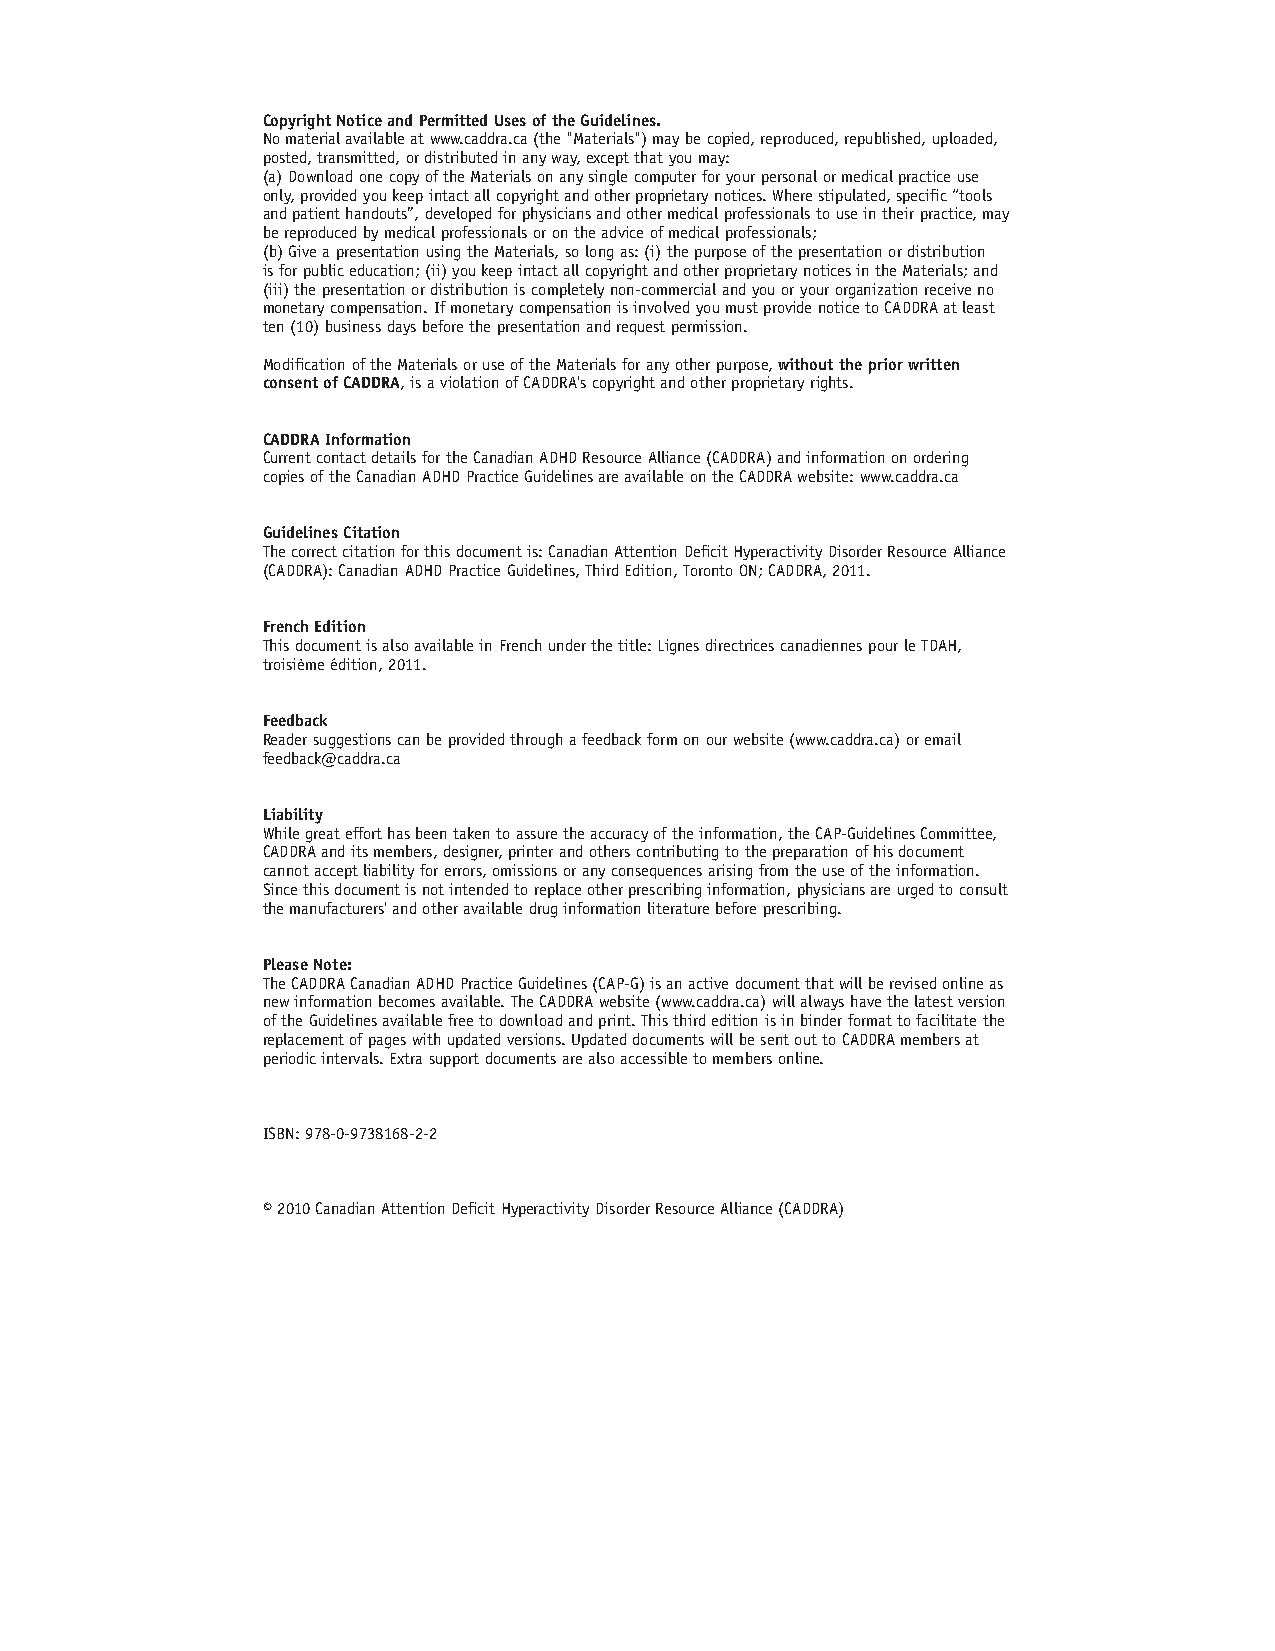
Copyright Notice and Permitted Uses of the Guidelines.
 No material available at www.caddra.ca (the "Materials") may be copied, reproduced, republished, uploaded,
 posted, transmitted, or distributed in any way, except that you may:
 (a) Download one copy of the Materials on any single computer for your personal or medical practice use
 only, provided you keep intact all copyright and other proprietary notices. Where stipulated, specific “tools
 and patient handouts”, developed for physicians and other medical professionals to use in their practice, may
 be reproduced by medical professionals or on the advice of medical professionals;
 (b) Give a presentation using the Materials, so long as: (i) the purpose of the presentation or distribution
 is for public education; (ii) you keep intact all copyright and other proprietary notices in the Materials; and
 (iii) the presentation or distribution is completely non-commercial and you or your organization receive no
 monetary compensation. If monetary compensation is involved you must provide notice to CADDRA at least
 ten (10) business days before the presentation and request permission.
 Modification of the Materials or use of the Materials for any other purpose, without the prior written
 consent of CADDRA, is a violation of CADDRA's copyright and other proprietary rights.
 CADDRA Information
 Current contact details for the Canadian ADHD Resource Alliance (CADDRA) and information on ordering
 copies of the Canadian ADHD Practice Guidelines are available on the CADDRA website: www.caddra.ca
 Guidelines Citation
 The correct citation for this document is: Canadian Attention Deficit Hyperactivity Disorder Resource Alliance
 (CADDRA): Canadian ADHD Practice Guidelines, Third Edition, Toronto ON; CADDRA, 2011.
 French Edition
 This document is also available in French under the title: Lignes directrices canadiennes pour le TDAH,
 troisième édition, 2011.
 Feedback
 Reader suggestions can be provided through a feedback form on our website (www.caddra.ca) or email
 feedback@caddra.ca
 Liability
 While great effort has been taken to assure the accuracy of the information, the CAP-Guidelines Committee,
 CADDRA and its members, designer, printer and others contributing to the preparation of his document
 cannot accept liability for errors, omissions or any consequences arising from the use of the information.
 Since this document is not intended to replace other prescribing information, physicians are urged to consult
 the manufacturers' and other available drug information literature before prescribing.
 Please Note:
 The CADDRA Canadian ADHD Practice Guidelines (CAP-G) is an active document that will be revised online as
 new information becomes available. The CADDRA website (www.caddra.ca) will always have the latest version
 of the Guidelines available free to download and print. This third edition is in binder format to facilitate the
 replacement of pages with updated versions. Updated documents will be sent out to CADDRA members at
 periodic intervals. Extra support documents are also accessible to members online.
 ISBN: 978-0-9738168-2-2
 © 2010 Canadian Attention Deficit Hyperactivity Disorder Resource Alliance (CADDRA)